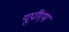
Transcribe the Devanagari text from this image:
यूपीएम